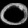
Digit: ၀